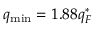
q _ { \mathrm { m i n } } = 1 . 8 8 q _ { F } ^ { * }